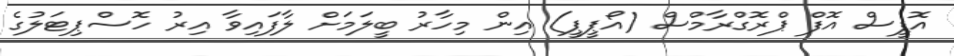
އޮފީސް އޮފް ޕްރޮގްރާމްސް (އޯޕީޕީ) އިން މިހާރު ބީލަމަށް ލާފައިވާ އިރު ހޮސްޕިޓަލުގެ